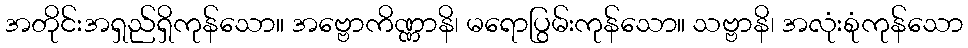
အတိုင်းအရှည်ရှိကုန်သော။ အဗ္ဗောကိဏ္ဏာနိ၊ မရောပြွမ်းကုန်သော။ သဗ္ဗာနိ၊ အလုံးစုံကုန်သော